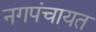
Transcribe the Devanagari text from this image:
नगपंचायत